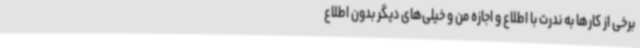
برخی از کارها به ندرت با اطلاع و اجازه من و خیلی‌های دیگر بدون اطلاع